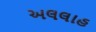
અલલાહ